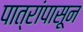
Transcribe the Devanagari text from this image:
पात्रांपासून